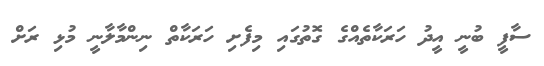
ސާފީ ބުނީ އީދު ހަރަކާތެއްގެ ގޮތުގައި މިފެށި ހަރަކާތް ނިންމާލާނީ މުޅި ރަށް